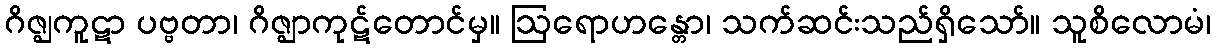
ဂိဇ္ဈကူဋာ ပဗ္ဗတာ၊ ဂိဇ္ဈာကုဋ်တောင်မှ။ ဩရောဟန္တော၊ သက်ဆင်းသည်ရှိသော်။ သူစိလောမံ၊